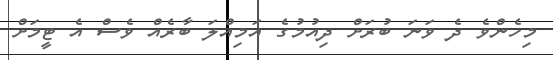
މިހެންވެ ދެ ވަނަ ބުރަށް ދިއުމުގެ އަމިއްލަ ބާރެއް ވެސް އެ ޓީމަށް